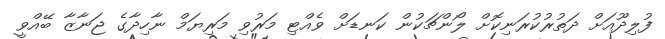
ފުލިދޫއަށް ދަތުރުކުރަނިކޮށް ލޯންޗަކުން ކަނޑަށް ވެއްޓި މަރުވި މަރިޔަމް ނާހިދާގެ ޖަނާޒާ ބޭއްވީ